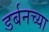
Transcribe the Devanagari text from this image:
डर्बनच्या